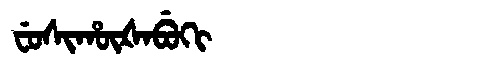
Manchu: ᠸᡠᠰᡳᡥᡡᡧᠠᠪᡠᡴᡳ
Romanization: FUSIHŪŠABUKI